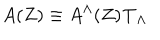
LaTeX: A ( Z ) \equiv A ^ { \Lambda } ( Z ) { \bf T } _ { \Lambda } \,